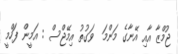
ޖުމްޒާ އާއި އޭނާގެ މަންމަ  ވަގުތު އިމޭޖްސް : އަމީން ފަހްމީ